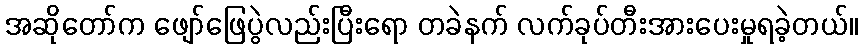
အဆိုတော်က ဖျော်ဖြေပွဲလည်းပြီးရော တခဲနက် လက်ခုပ်တီးအားပေးမှုရခဲ့တယ်။